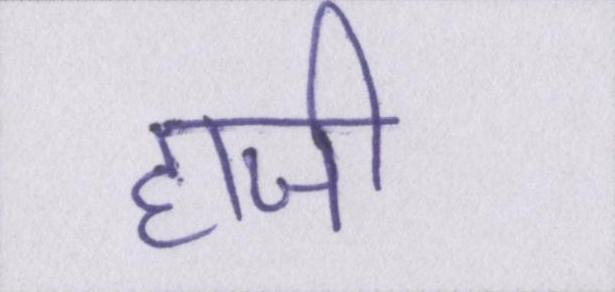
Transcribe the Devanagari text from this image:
हाजी